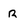
Character: r